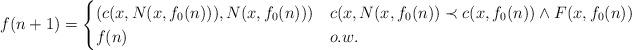
LaTeX: \begin{align*}f(n+1)=\begin{cases}(c(x, N(x, f_0(n))), N(x, f_0(n))) & c(x, N(x, f_0(n)) \prec c(x, f_0(n)) \wedge F(x, f_0(n)) \\f(n) & o.w. \\\end{cases} \end{align*}